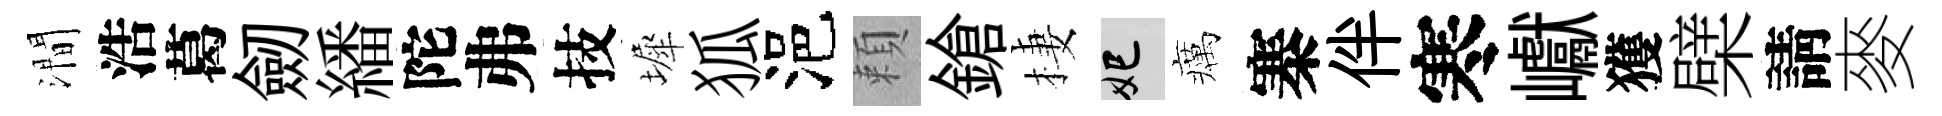
澗浩葛劒繙陀弗技墀狐浥頼鎗棲妃癘寨伴寒巘獲檗請麥